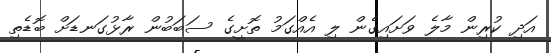
އަދި ކުރިން މާލެ ވަށައިގެން ލި އެއްގަމު ތޮށީގެ ސަބަބުން ރާޅުގަނޑަށް ބޮޑެތި